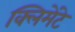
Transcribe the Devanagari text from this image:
क्लिमेंटे